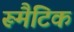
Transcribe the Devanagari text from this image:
रूमैटिक